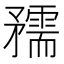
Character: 𥎘